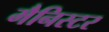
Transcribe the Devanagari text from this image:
मैनिस्टर